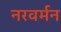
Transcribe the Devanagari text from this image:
नरवर्मन